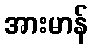
အားမာန်